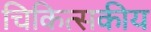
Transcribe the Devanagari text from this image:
चिकित्‍सकीय